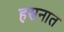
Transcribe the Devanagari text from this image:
हसनात